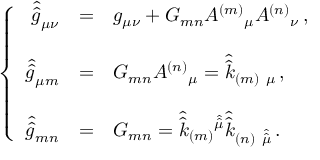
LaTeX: \left\{ \begin{array} { r c l } { { \hat { \hat { g } } _ { \mu \nu } } } & { { = } } & { { g _ { \mu \nu } + G _ { m n } A ^ { ( m ) } { } _ { \mu } A ^ { ( n ) } { } _ { \nu } \, , } } \\ { { } } & { { } } & { { } } \\ { { \hat { \hat { g } } _ { \mu m } } } & { { = } } & { { G _ { m n } A ^ { ( n ) } { } _ { \mu } = \hat { \hat { k } } _ { ( m ) \ \mu } \, , } } \\ { { } } & { { } } & { { } } \\ { { \hat { \hat { g } } _ { m n } } } & { { = } } & { { G _ { m n } = \hat { \hat { k } } _ { ( m ) } { } ^ { \hat { \hat { \mu } } } \hat { \hat { k } } _ { ( n ) \ \hat { \hat { \mu } } } \, . } } \end{array} \right.